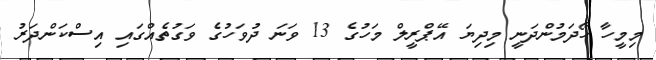
މިމީހާ ހޯދަމުންދަނީ މިދިޔަ އޭޕްރީލް މަހުގެ 13 ވަނަ ދުވަހުގެ ވަގުތެއްގައި އިސްކަންދަރު